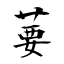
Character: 葽